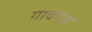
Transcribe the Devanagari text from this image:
गावगाड